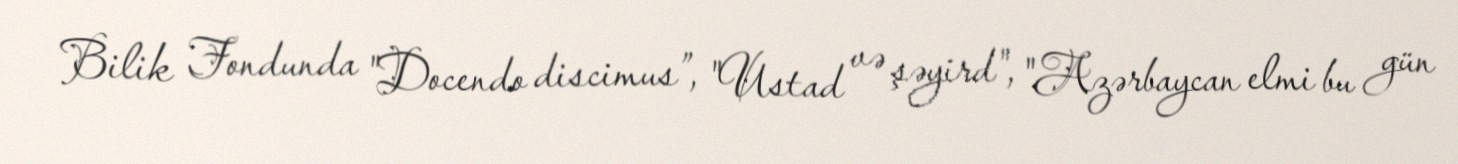
Bilik Fondunda "Docendo discimus”, "Ustad və şəyird", "Azərbaycan elmi bu gün